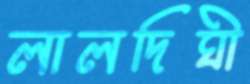
লালদিঘী